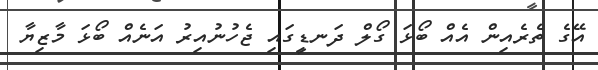
އޭގެ ތެރެއިން އެއް ބޯޅަ ގޯލް ދަނޑީގައި ޖެހުނުއިރު އަނެއް ބޯޅަ މާޒިޔާ